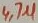
Text: 4,7µ